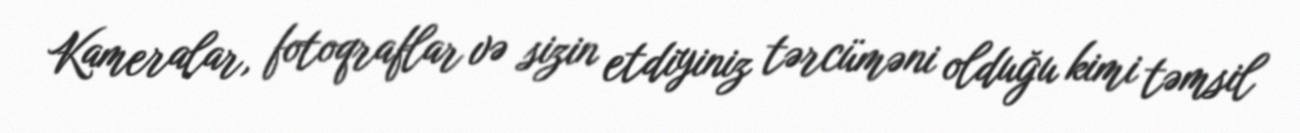
Kameralar, fotoqraflar və sizin etdiyiniz tərcüməni olduğu kimi təmsil